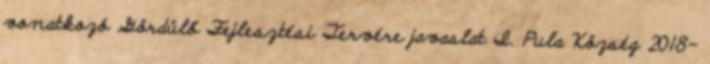
vonatkozó Gördülő Fejlesztési Tervére javaslat I. Pula Község 2018-